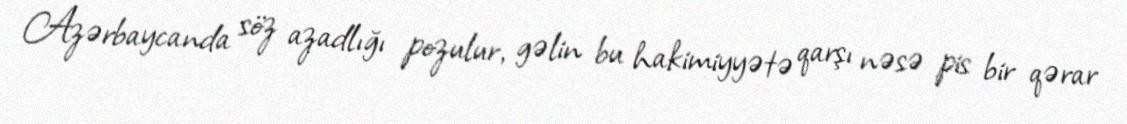
Azərbaycanda söz azadlığı pozulur, gəlin bu hakimiyyətə qarşı nəsə pis bir qərar